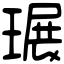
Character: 𤧷